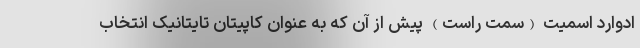
ادوارد اسمیت (سمت راست) پیش از آن که به عنوان کاپیتان تایتانیک انتخاب